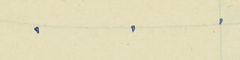
.    .    .